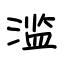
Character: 滥